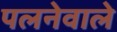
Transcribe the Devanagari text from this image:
पलनेवाले